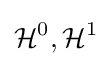
{\mathcal {H}}^{0},{\mathcal {H}}^{1}